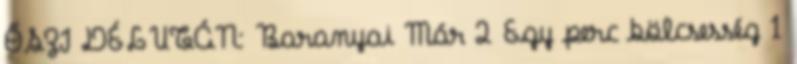
ŐSZI DÉLUTÁN: Baranyai Már 2 Egy perc bölcsesség 1